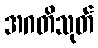
အဂတိသုတ်